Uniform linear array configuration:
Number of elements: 64
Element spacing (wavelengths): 0.75
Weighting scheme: cosine
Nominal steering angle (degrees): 0
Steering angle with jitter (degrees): -1.514
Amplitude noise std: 0.05
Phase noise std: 0.05

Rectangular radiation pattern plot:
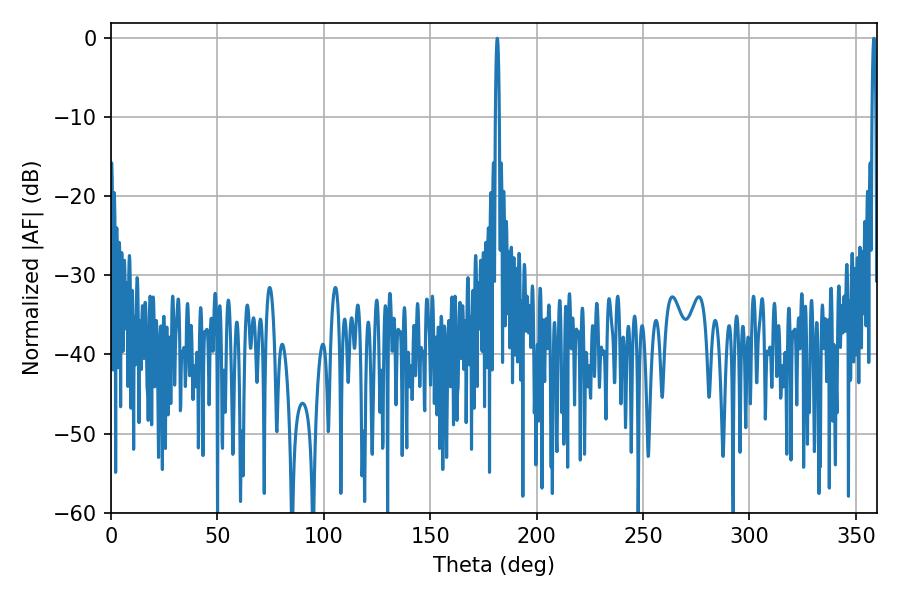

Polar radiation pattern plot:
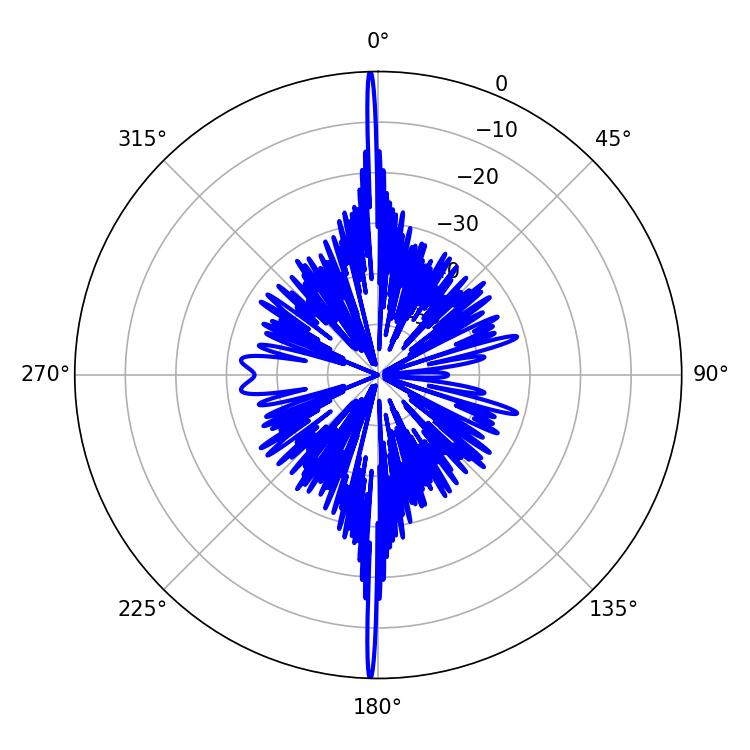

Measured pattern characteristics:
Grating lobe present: TRUE
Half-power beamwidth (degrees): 0.9
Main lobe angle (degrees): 181.44